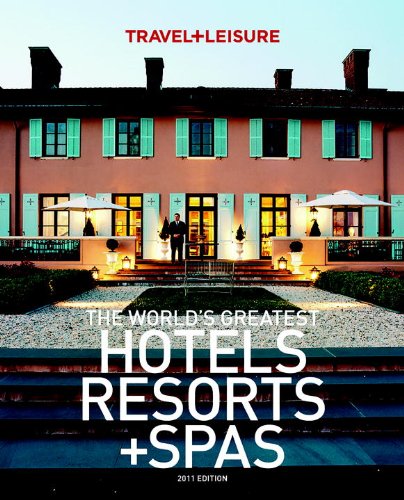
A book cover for The World's Greatest Hotels Resorts + Spas; TRAVEL + LEISURE; Travel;